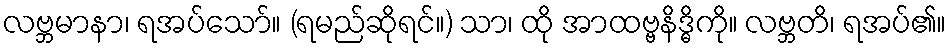
လဗ္ဘမာနာ၊ ရအပ်သော်။ (ရမည်ဆိုရင်။) သာ၊ ထို အာထဗ္ဗနိဒ္ဓိကို။ လဗ္ဘတိ၊ ရအပ်၏။